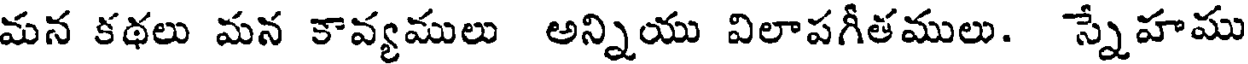
మన కథలు మన కావ్యములు అన్నియు విలాపగీతములు. స్నేహము